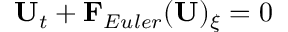
\mathbf { U } _ { t } + \mathbf { F } _ { E u l e r } ( \mathbf { U } ) _ { \xi } = 0